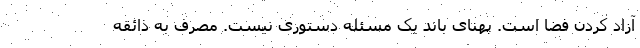
آزاد کردن فضا است. پهنای باند یک مسئله دستوری نیست. مصرف به ذائقه